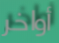
أواخر